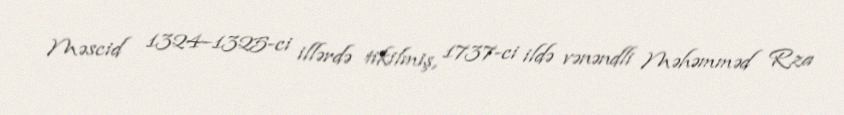
Məscid 1324–1325-ci illərdə tikilmiş, 1737-ci ildə vənəndli Məhəmməd Rza